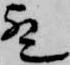
歟